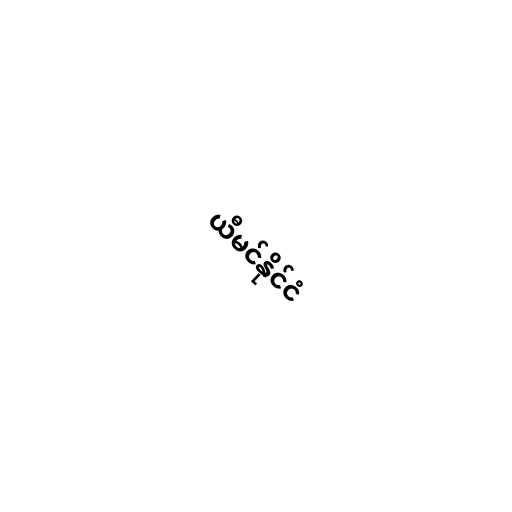
ယီမင်နိုင်ငံ